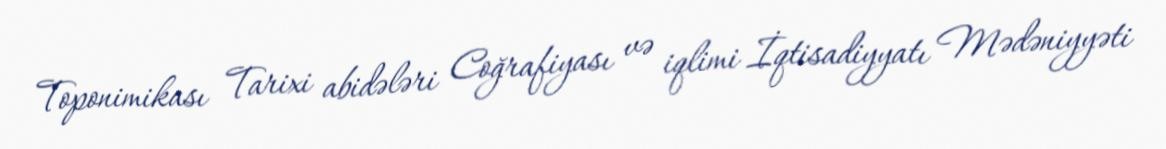
Toponimikası Tarixi abidələri Coğrafiyası və iqlimi İqtisadiyyatı Mədəniyyəti